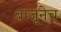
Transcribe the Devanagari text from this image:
बाजूनेच